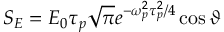
S _ { E } = E _ { 0 } \tau _ { p } \sqrt { \pi } e ^ { - \omega _ { p } ^ { 2 } \tau _ { p } ^ { 2 } / 4 } \cos \vartheta